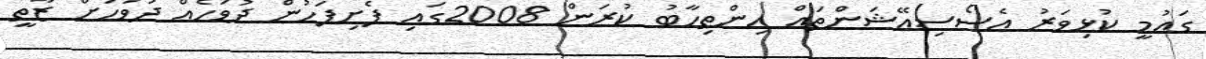
ގައުމީ ކުޅިވަރު އެސޯސިއޭޝަންތައް އިންތިހާބު ކުރަން 2008ގައި ފެށިފަހުން ދުވަހެއް ދުވަހަށް ޒާތީ